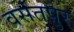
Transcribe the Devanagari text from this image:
वसंतपुर